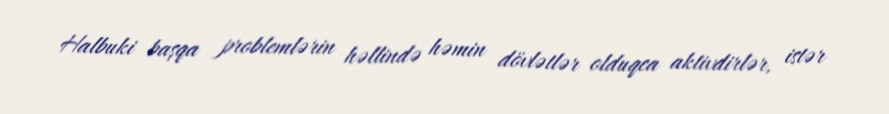
Halbuki başqa problemlərin həllində həmin dövlətlər olduqca aktivdirlər, istər